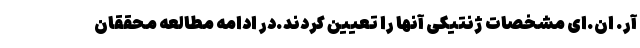
آر. ان.ای مشخصات ژنتیکی آنها را تعیین کردند.در ادامه مطالعه محققان